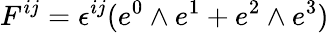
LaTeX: F^{ij}=\epsilon^{ij}(e^{0}\wedge e^{1}+e^{2}\wedge e^{3})